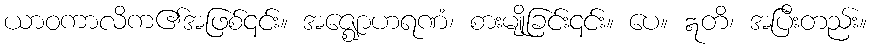
ယာဝကာလိက၏အဖြစ်၎င်း။ အဇ္ဈောဟရဏံ၊ စားမျိုခြင်း၎င်း။ ပေ။ ဣတိ၊ အပြီးတည်း။